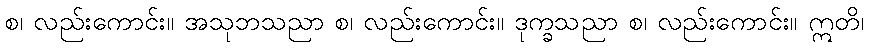
စ၊ လည်းကောင်း။ အသုဘသညာ စ၊ လည်းကောင်း။ ဒုက္ခသညာ စ၊ လည်းကောင်း။ ဣတိ၊